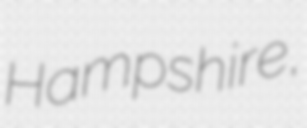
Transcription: Hampshire,